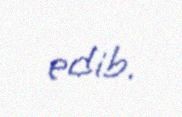
edib.